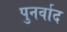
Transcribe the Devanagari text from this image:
पुनर्वाद